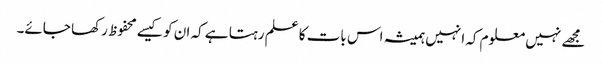
مجھے نہیں معلوم کہ انہیں ہمیشہ اس بات کا علم رہتا ہے کہ ان کو کیسے محفوظ رکھا جائے۔